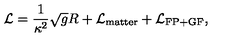
{ \cal L } = \frac { 1 } { \kappa ^ { 2 } } \sqrt { g } R + { \cal L } _ { \mathrm { { m a t t e r } } } + { \cal L } _ { \mathrm { F P + G F } } ,